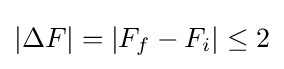
|\Delta F|=|F_{f}-F_{i}|\leq 2